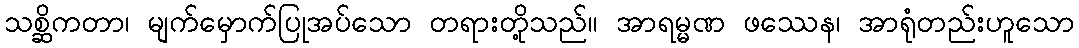
သစ္ဆိကတာ၊ မျက်မှောက်ပြုအပ်သော တရားတို့သည်။ အာရမ္မဏ ဖဿေန၊ အာရုံတည်းဟူသော